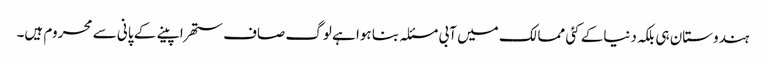
ہندوستان ہی بلکہ دنیاکے کئی ممالک میں آبی مسئلہ بنا ہوا ہے لوگ صاف ستھرا پینے کے پانی سے محروم ہیں۔